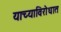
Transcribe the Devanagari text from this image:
याच्याविरोधात